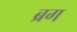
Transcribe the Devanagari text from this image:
ब्रग